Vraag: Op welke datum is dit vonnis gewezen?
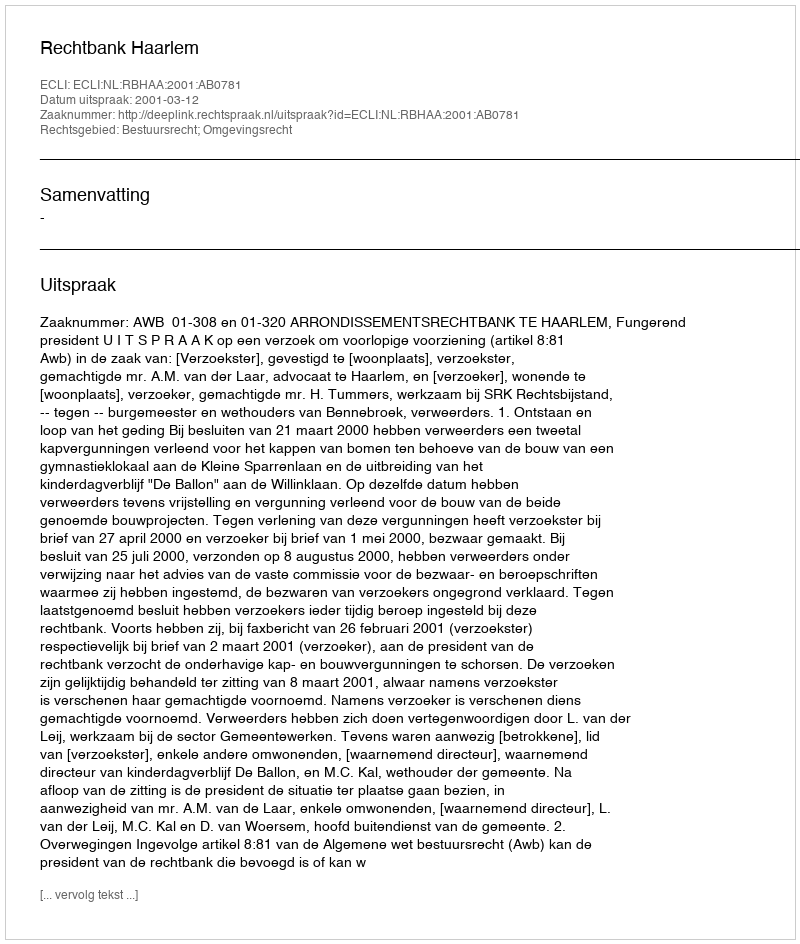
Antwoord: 2001-03-12